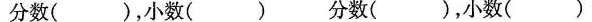
分数()，小数() 分数()，小数()